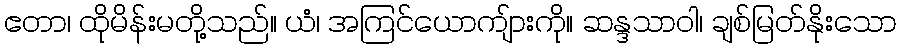
ဧတာ၊ ထိုမိန်းမတို့သည်။ ယံ၊ အကြင်ယောကျ်ားကို။ ဆန္ဒသာဝါ၊ ချစ်မြတ်နိုးသော